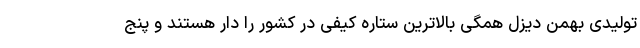
تولیدی بهمن دیزل همگی بالاترین ستاره کیفی در کشور را دار هستند و پنج